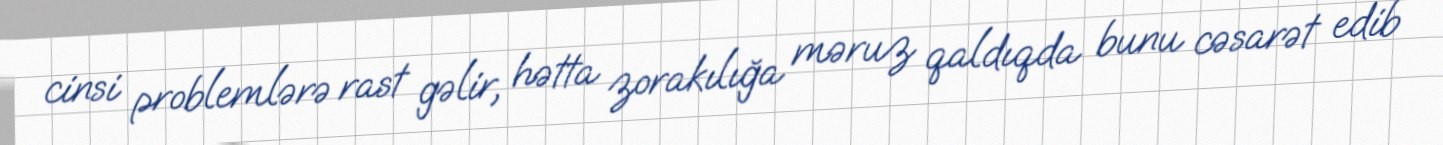
cinsi problemlərə rast gəlir, hətta zorakılığa məruz qaldıqda bunu cəsarət edib